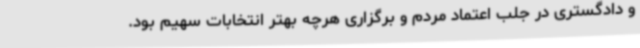
و دادگستری در جلب اعتماد مردم و برگزاری هرچه بهتر انتخابات سهیم بود.